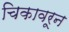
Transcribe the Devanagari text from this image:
चिकावरून